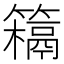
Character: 𥵰